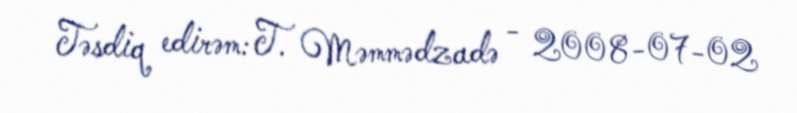
Təsdiq edirəm: T. Məmmədzadə - 2008-07-02